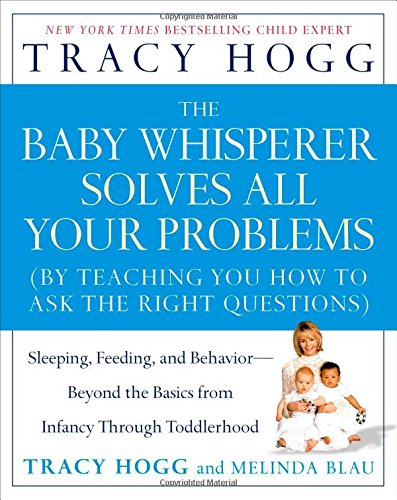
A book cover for The Baby Whisperer Solves All Your Problems: Sleeping, Feeding, and Behavior--Beyond the Basics from Infancy Through Toddlerhood; Tracy Hogg; Parenting & Relationships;